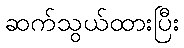
ဆက်သွယ်ထားပြီး